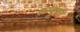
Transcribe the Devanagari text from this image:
कम्यूनचे